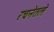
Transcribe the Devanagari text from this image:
रचनेतले